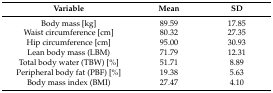
| Variable | Mean | SD |
 | --- | --- | --- |
 | Body mass [kg] | 89.59 | 17.85 |
 | Waist circumference [cm] | 80.32 | 27.35 |
 | Hip circumference [cm] | 95.00 | 30.93 |
 | Lean body mass (LBM) | 71.79 | 12.31 |
 | Total body water (TBW) [%] | 51.71 | 8.89 |
 | Peripheral body fat (PBF) [%] | 19.38 | 5.63 |
 | Body mass index (BMI) | 27.47 | 4.10 |